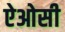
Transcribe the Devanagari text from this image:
ऐओसी